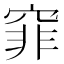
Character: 𥦯